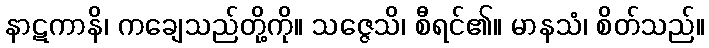
နာဋကာနိ၊ ကချေသည်တို့ကို။ သဇ္ဇေသိ၊ စီရင်၏။ မာနသံ၊ စိတ်သည်။